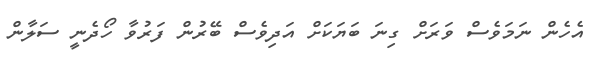
އެހެން ނަމަވެސް ވަރަށް ގިނަ ބަޔަކަށް އަދިވެސް ބޭރުން ފަރުވާ ހޯދެނީ ސަލާން